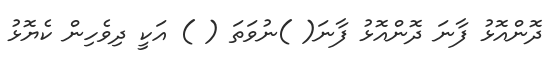
ދޮންއޮޅު ފާނަ ދޮންއޮޅު ފާނަ( )ނުވަތަ ( ) އަކީ ދިވެހިން ކެޔޮޅު